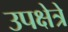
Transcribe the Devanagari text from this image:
उपक्षेत्रे